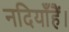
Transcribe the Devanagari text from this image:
नदियाँहैं।